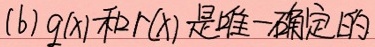
(b) \(q(x)\)和\(r(x)\)是唯一确定的.